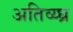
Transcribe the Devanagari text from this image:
अतिव्य्घ्र